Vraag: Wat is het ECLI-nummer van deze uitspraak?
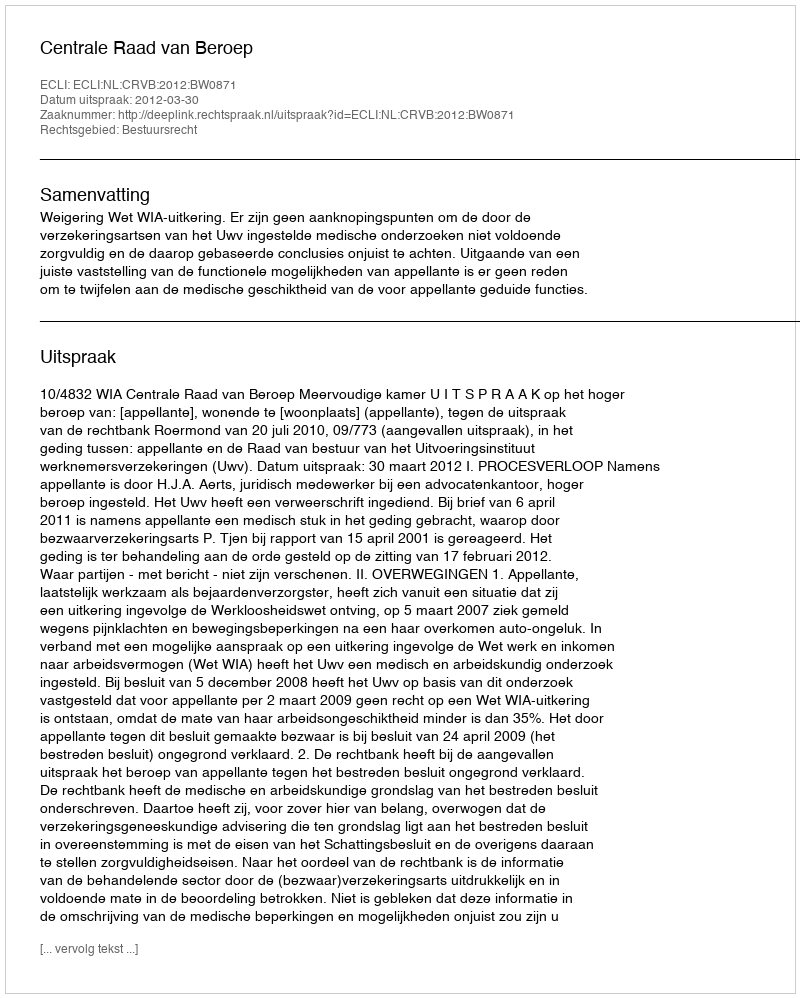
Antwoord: ECLI:NL:CRVB:2012:BW0871